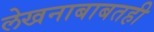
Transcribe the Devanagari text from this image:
लेखनाबाबतही